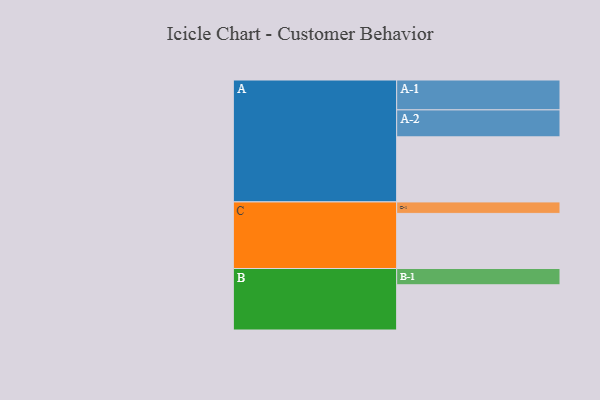
{"axis": {"x": "Segment", "y": "Value"}, "legend": ["", "A", "B", "C"], "data": [{"x": "A", "y": 488, "type": ""}, {"x": "B", "y": 339, "type": ""}, {"x": "C", "y": 413, "type": ""}, {"x": "A-1", "y": 224, "type": "A"}, {"x": "A-2", "y": 202, "type": "A"}, {"x": "B-1", "y": 122, "type": "B"}, {"x": "C-1", "y": 86, "type": "C"}]}